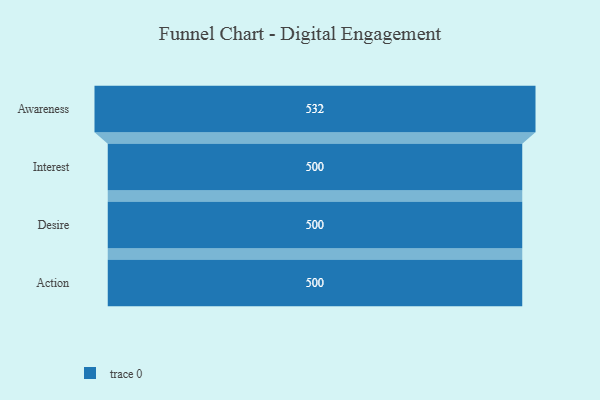
{"axis": {"x": "Stage", "y": "Value"}, "legend": [""], "data": [{"x": "Awareness", "y": 532.0, "type": ""}, {"x": "Interest", "y": 500, "type": ""}, {"x": "Desire", "y": 500, "type": ""}, {"x": "Action", "y": 500, "type": ""}]}